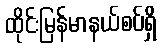
ထိုင်းမြန်မာနယ်စပ်ရှိ